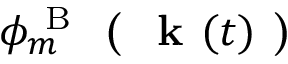
\phi _ { m } ^ { \mathrm { ~ B ~ } } \textbf { ( } \textbf { k } ( t ) \textbf { ) }